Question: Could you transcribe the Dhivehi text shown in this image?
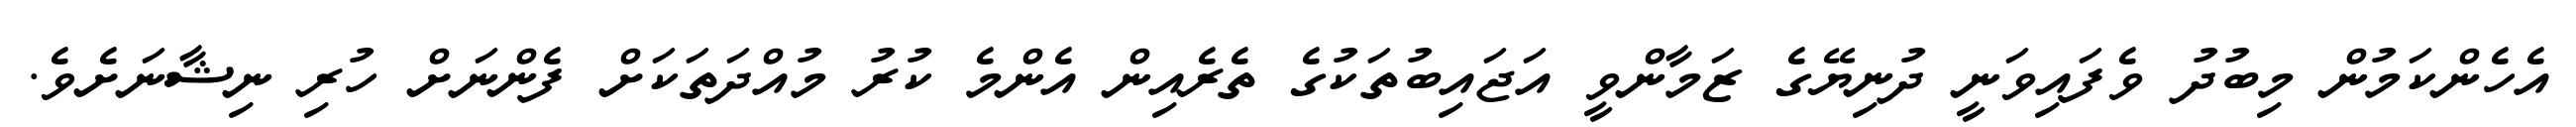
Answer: އެހެންކަމުން މިބުދު ވެފައިވަނީ ދުނިޔޭގެ ޒަމާންވީ އަޖައިބުތަކުގެ ތެރެއިން އެންމެ ކުރު މުއްދަތަކަށް ފެންނަށް ހުރި ނިޝާނަށެވެ.